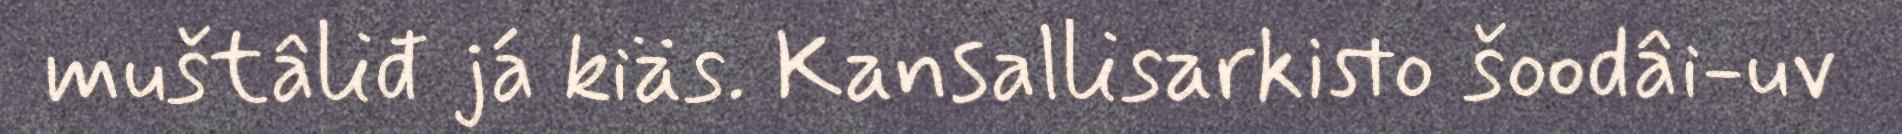
muštâliđ já kiäs. Kansallisarkisto šoodâi-uv